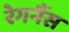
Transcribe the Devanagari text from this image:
रेगनैंस